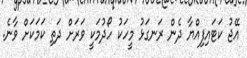
އޭޖު ކަޓައިފިއްޔާ ދެން ރަނގަޅު މީހަކު ހޯދުމަކީ ވަރަށް ދަތި ކަމަކަށް ވާނެ.